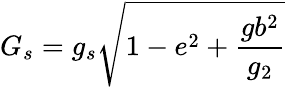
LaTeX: G_{s}=g_{s}\sqrt{1-e^{2}+\frac{gb^{2}}{g_{2}}}